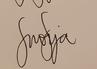
Signature authenticity: genuine